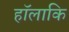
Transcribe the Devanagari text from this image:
हॉलाकि